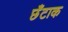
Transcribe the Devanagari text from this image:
छँटाक